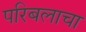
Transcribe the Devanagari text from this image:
परिबलाचा